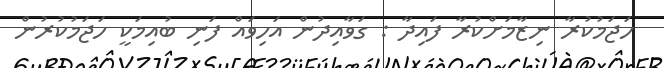
ހަޖަމުކުރާ ނިޒާމަށްކުރާ ފައިދާ : ގަވާއިދުން އަހިވައް ފަނި ބުއިމަކީ ހަޖަމުކުރުން